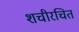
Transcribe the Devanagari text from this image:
शचीरचित